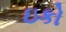
ઇકો